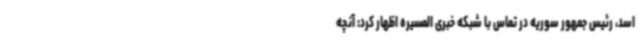
اسد، رئیس جمهور سوریه در تماس با شبکه خبری المسیره اظهار کرد: آنچه